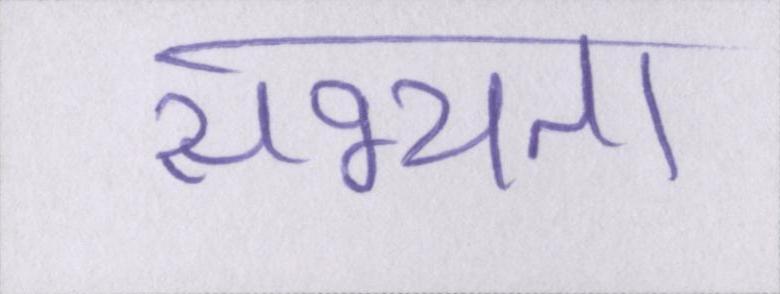
सभ्यता